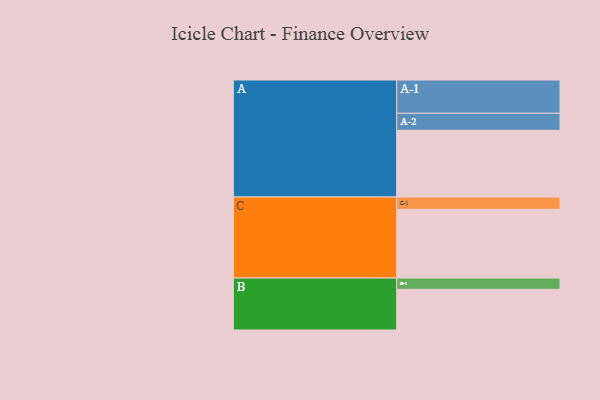
{"axis": {"x": "Segment", "y": "Value"}, "legend": ["", "A", "B", "C"], "data": [{"x": "A", "y": 493, "type": ""}, {"x": "B", "y": 301, "type": ""}, {"x": "C", "y": 508, "type": ""}, {"x": "A-1", "y": 246, "type": "A"}, {"x": "A-2", "y": 126, "type": "A"}, {"x": "B-1", "y": 83, "type": "B"}, {"x": "C-1", "y": 91, "type": "C"}]}